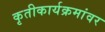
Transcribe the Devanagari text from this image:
कृतीकार्यक्रमांवर